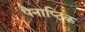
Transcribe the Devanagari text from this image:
पैनाप्टिक